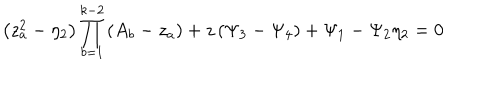
\left( z _ { a } ^ { 2 } - \eta _ { 2 } \right) \prod _ { b = 1 } ^ { k - 2 } \left( A _ { b } - z _ { a } \right) + z \left( \Psi _ { 3 } - \Psi _ { 4 } \right) + \Psi _ { 1 } - \Psi _ { 2 } \eta _ { 2 } = 0